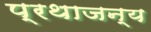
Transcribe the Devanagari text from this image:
प्रथाजन्य